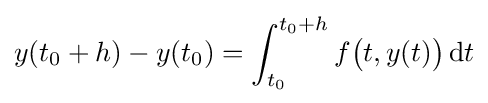
y(t_{0}+h)-y(t_{0})=\int _{t_{0}}^{t_{0}+h}f{\bigl (}t,y(t){\bigr )}\,\mathrm {d} t